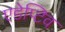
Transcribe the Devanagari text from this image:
एडेप्टिव